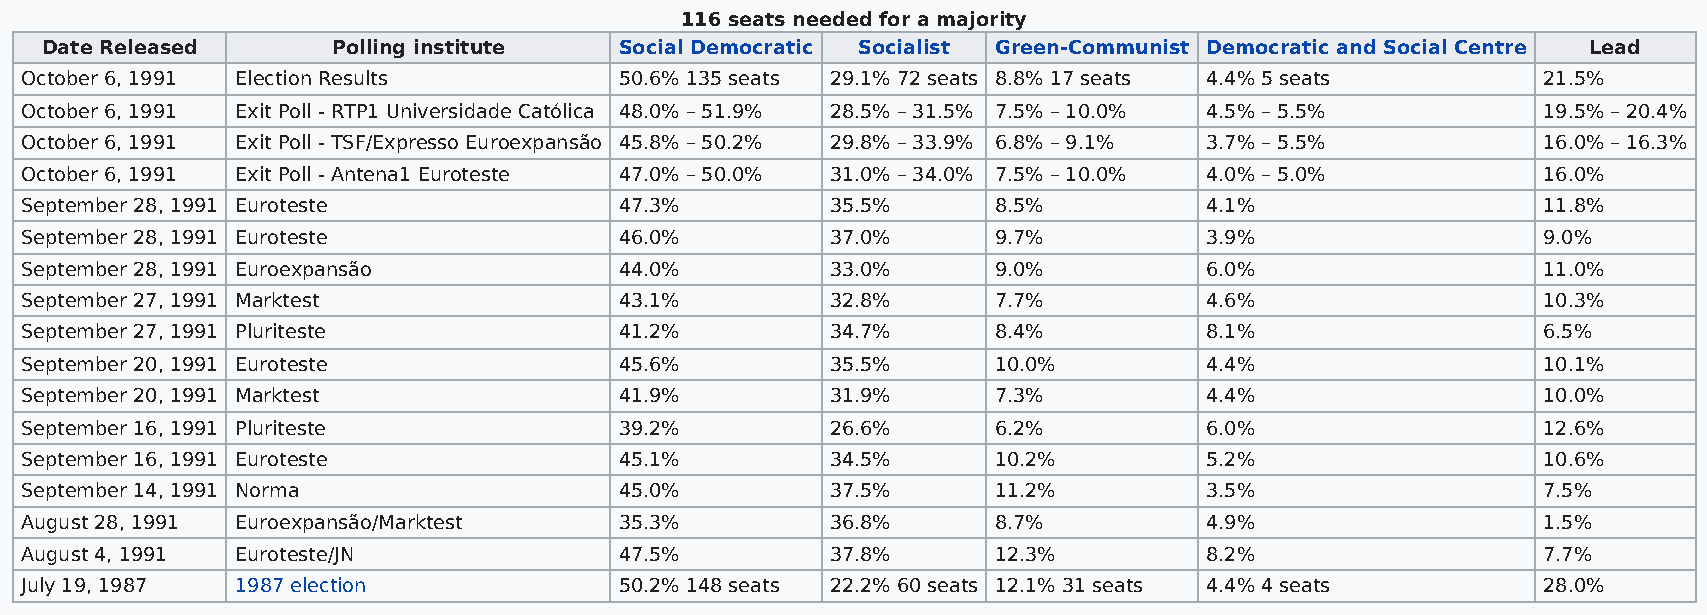
116 seats needed for a majority
 Date Released      Polling institute  Social Democratic Socialist Green-Communist Democratic and Social Centre Lead
 October 6, 1991 Election Results        50.6% 135 seats 29.1% 72 seats 8.8% 17 seats 4.4% 5 seats    21.5%
 October 6, 1991 Exit Poll - RTP1 Universidade Católica 48.0% – 51.9% 28.5% – 31.5% 7.5% – 10.0% 4.5% – 5.5% 19.5% – 20.4%
 October 6, 1991 Exit Poll - TSF/Expresso Euroexpansão 45.8% – 50.2% 29.8% – 33.9% 6.8% – 9.1% 3.7% – 5.5% 16.0% – 16.3%
 October 6, 1991 Exit Poll - Antena1 Euroteste 47.0% – 50.0% 31.0% – 34.0% 7.5% – 10.0% 4.0% – 5.0%   16.0%
 September 28, 1991 Euroteste            47.3%         35.5%      8.5%          4.1%                  11.8%
 September 28, 1991 Euroteste            46.0%         37.0%      9.7%          3.9%                  9.0%
 September 28, 1991 Euroexpansão         44.0%         33.0%      9.0%          6.0%                  11.0%
 September 27, 1991 Marktest             43.1%         32.8%      7.7%          4.6%                  10.3%
 September 27, 1991 Pluriteste           41.2%         34.7%      8.4%          8.1%                  6.5%
 September 20, 1991 Euroteste            45.6%         35.5%      10.0%         4.4%                  10.1%
 September 20, 1991 Marktest             41.9%         31.9%      7.3%          4.4%                  10.0%
 September 16, 1991 Pluriteste           39.2%         26.6%      6.2%          6.0%                  12.6%
 September 16, 1991 Euroteste            45.1%         34.5%      10.2%         5.2%                  10.6%
 September 14, 1991 Norma                45.0%         37.5%      11.2%         3.5%                  7.5%
 August 28, 1991 Euroexpansão/Marktest   35.3%         36.8%      8.7%          4.9%                  1.5%
 August 4, 1991 Euroteste/JN             47.5%         37.8%      12.3%         8.2%                  7.7%
 July 19, 1987  1987 election            50.2% 148 seats 22.2% 60 seats 12.1% 31 seats 4.4% 4 seats   28.0%